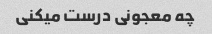
چه معجونی درست میکنی